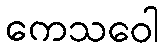
ကေသဝေါ